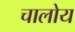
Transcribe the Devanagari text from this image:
चालोय